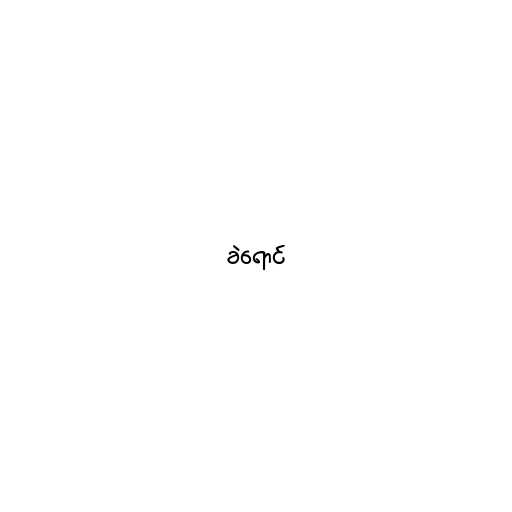
ခဲရောင်